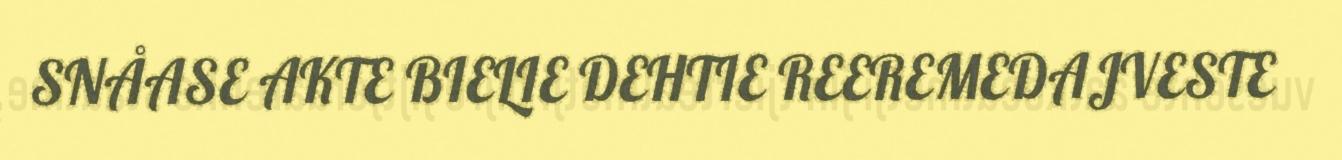
SNÅASE AKTE BIELIE DEHTIE REEREMEDAJVESTE